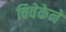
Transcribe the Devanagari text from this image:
विवेकेने